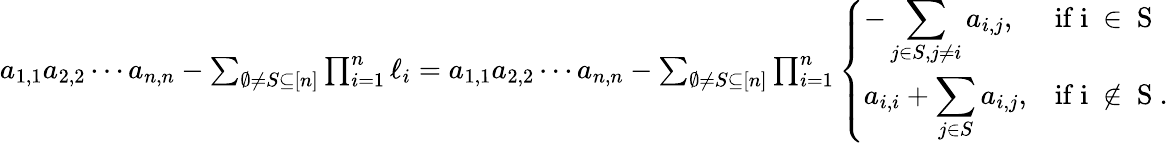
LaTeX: \begin{array}{r}{a_{1,1}a_{2,2}\cdots a_{n,n}-\sum_{\emptyset\neq S\subseteq[n]}\prod_{i=1}^{n}\ell_{i}=a_{1,1}a_{2,2}\cdots a_{n,n}-\sum_{\emptyset\neq S\subseteq[n]}\prod_{i=1}^{n}\left\{ \begin{array}{ll}{\displaystyle-\sum_{j\in S,j\neq i}a_{i,j},}&{\mathrm{if~i~\in~S~}}\\ {\displaystyle a_{i,i}+\sum_{j\in S}a_{i,j},}&{\mathrm{if~i~\notin~S~}.}\end{array}\right.}\end{array}